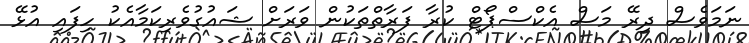
ނަމަވެސް ދިރޭ މަސް އެކްސްޕޯޓް ކުރާ ފަރާތްތަކުން ވަރަށް ޝައުގުވެރިކަމާއެކު ހިފައި އުޅޭ